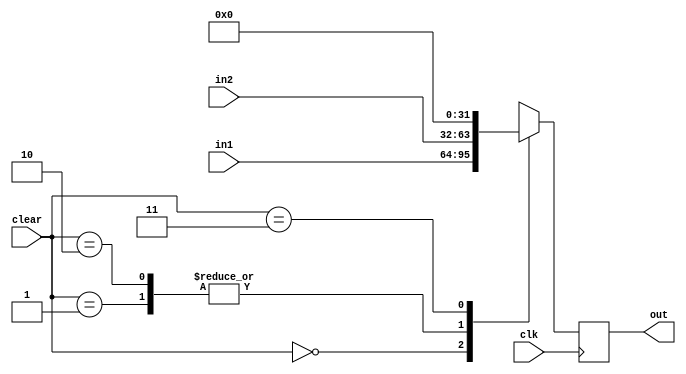
module Dff(out, clear, in1, in2, clk);
	input [31:0] in1;
	input [31:0] in2;
	input [1:0] clear; 
	input clk;
	output reg[31:0] out;

	initial	
	begin
		 out <= 32'h0;
	end

	always @(posedge clk)
	begin
		case(clear)
		2'b00: out <= in1;	// 00 is normal
		2'b01: out <= in2;	// 01 is stall
		2'b10: out <= in2;	// 10 is stall
		2'b11: out <= 32'd0; 	// 11 is flush
		endcase
	end
endmodule